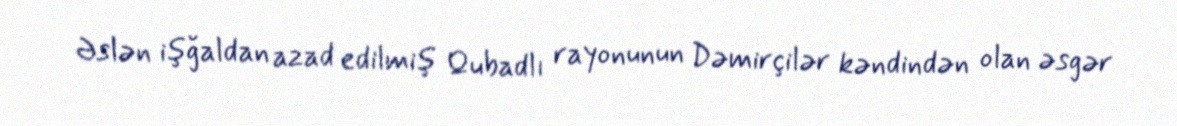
Əslən işğaldan azad edilmiş Qubadlı rayonunun Dəmirçilər kəndindən olan əsgər